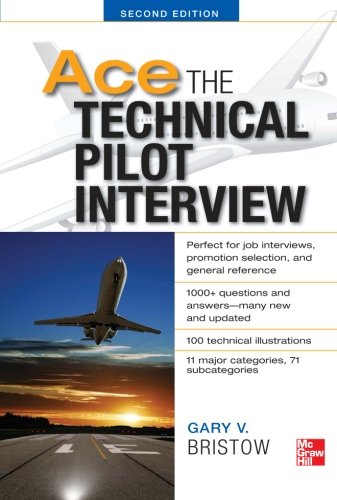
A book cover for Ace The Technical Pilot Interview 2/E; Gary Bristow; Engineering & Transportation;